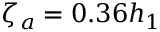
\zeta _ { a } = 0 . 3 6 h _ { 1 }